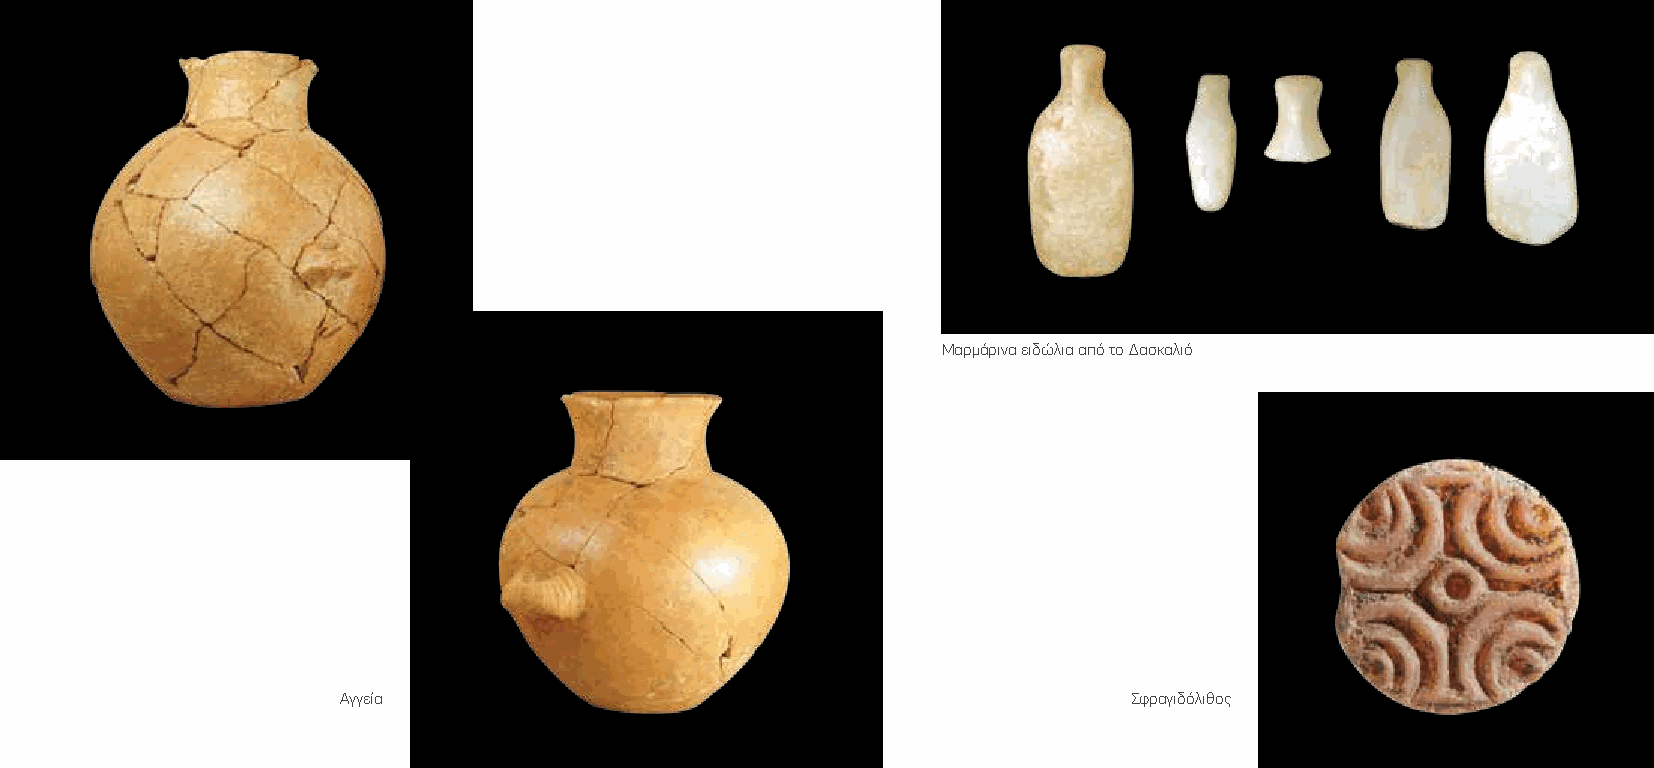
Μαρμάρινα ειδώλια από το Δασκαλιό
 Αγγεία                                               Σφραγιδόλιθος